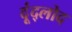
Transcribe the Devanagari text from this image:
दूंद्लोद